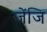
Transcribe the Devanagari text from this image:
जेंजि